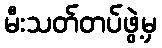
မီးသတ်တပ်ဖွဲ့မှ